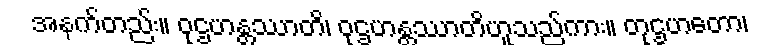
အနက်တည်း။ ဝုဌဟန္တဿာတိ၊ ဝုဌဟန္တဿာတိဟူသည်ကား။ တုဌဟတော၊